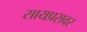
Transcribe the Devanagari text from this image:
सायप्रसवर